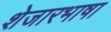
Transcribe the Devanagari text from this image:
शेजारभाषा